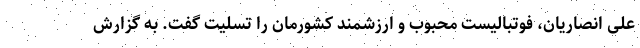
علی انصاریان، فوتبالیست محبوب و ارزشمند کشورمان را تسلیت گفت. به گزارش